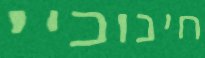
חינוכיי